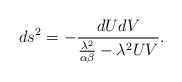
LaTeX: \begin{align*}ds^2=-\frac {dUdV} { \frac {\lambda^2} {\alpha\beta} -{\lambda^2} UV }.\end{align*}